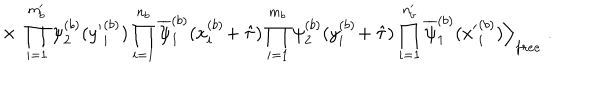
LaTeX: \times \; \prod _ { i = 1 } ^ { m _ { b } ^ { \prime } } \psi _ { 2 } ^ { ( b ) } ( { y ^ { \prime } } _ { i } ^ { ( b ) } ) \prod _ { i = 1 } ^ { n _ { b } } \overline { { { \psi } } } _ { 1 } ^ { ( b ) } ( x _ { i } ^ { ( b ) } \! + \hat { \tau } ) \prod _ { i = 1 } ^ { m _ { b } } \psi _ { 2 } ^ { ( b ) } ( y _ { i } ^ { ( b ) } \! + \hat { \tau } ) \prod _ { i = 1 } ^ { n _ { b } ^ { \prime } } \overline { { { \psi } } } _ { 1 } ^ { ( b ) } ( { x ^ { \prime } } _ { i } ^ { ( b ) } ) \Big \rangle _ { f r e e } \; .